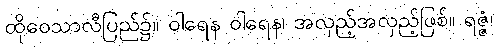
ထိုဝေသာလီပြည်၌။ ဝါရေန ဝါရေန၊ အလှည့်အလှည့်ဖြစ်။ ရဇ္ဇံ၊